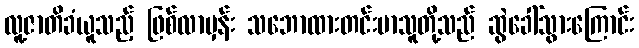
လူ့ဇာတိခံယူသည့် ဖြစ်လာမှန်း သဘောထားတင်းမာသူတို့သည် ဆွဲခေါ်သွားကြောင်း